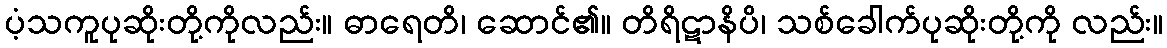
ပံ့သကူပုဆိုးတို့ကိုလည်း။ ဓာရေတိ၊ ဆောင်၏။ တိရိဋာနိပိ၊ သစ်ခေါက်ပုဆိုးတို့ကို လည်း။